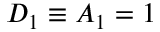
D _ { 1 } \equiv A _ { 1 } = 1